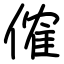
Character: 傕